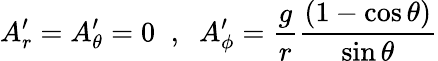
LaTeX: A_{r}^{\prime}=A_{\theta}^{\prime}=0\; \; ,\; \; A_{\phi}^{\prime}=\frac{g}{r}\frac{(1-\cos\theta)}{\sin\theta}